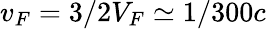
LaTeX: v_{F}=3/2V_{F}\simeq 1/300c